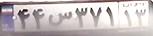
۴۴س۳۷۱۱۳